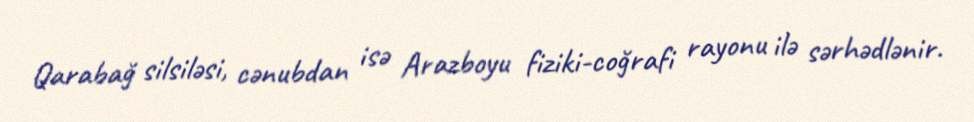
Qarabağ silsiləsi, cənubdan isə Arazboyu fiziki-coğrafi rayonu ilə sərhədlənir.